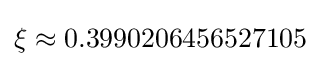
\xi \approx 0.3990206456527105